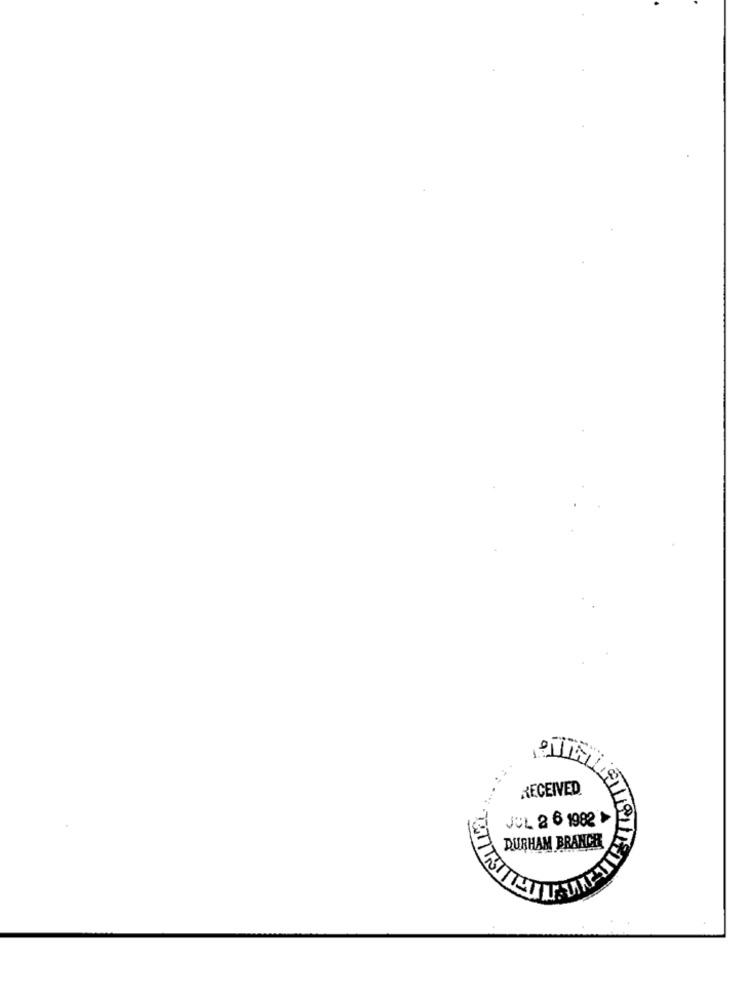
RECEIVED
JUL 2 6 1982
DURHAM BRANCH